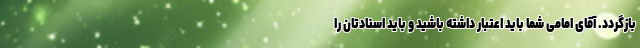
بازگردد. آقای امامی شما باید اعتبار داشته باشید و باید اسنادتان را